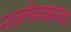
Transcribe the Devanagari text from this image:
नवलेखकांच्या